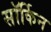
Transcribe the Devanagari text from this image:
सॉर्किन